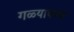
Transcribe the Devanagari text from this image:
गळ्यावरून